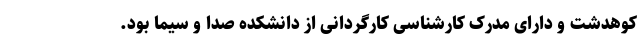
کوهدشت و دارای مدرک کارشناسی کارگردانی از دانشکده صدا و سیما بود.